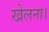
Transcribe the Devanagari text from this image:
खेलना।